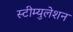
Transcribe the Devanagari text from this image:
स्टीम्युलेशन